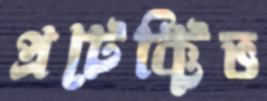
প্রটেক্টিভ